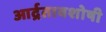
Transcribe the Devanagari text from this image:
आर्द्रतावशोषी